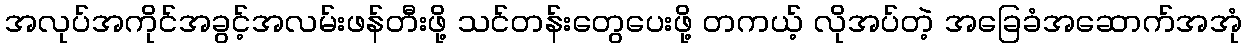
အလုပ်အကိုင်အခွင့်အလမ်းဖန်တီးဖို့ သင်တန်းတွေပေးဖို့ တကယ့် လိုအပ်တဲ့ အခြေခံအဆောက်အအုံ